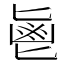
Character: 𱆊